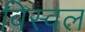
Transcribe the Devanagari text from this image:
विस्वल